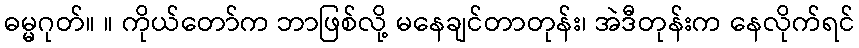
ဓမ္မဂုတ်။ ။ ကိုယ်တော်က ဘာဖြစ်လို့ မနေချင်တာတုန်း၊ အဲဒီတုန်းက နေလိုက်ရင်